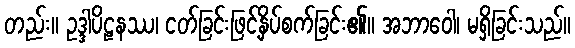
တည်း။ ဥဒ္ဒါပိဠနဿ၊ ငတ်ခြင်းဖြင့်နှိပ်စက်ခြင်း၏။ အဘာဝေါ၊ မရှိခြင်းသည်။